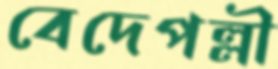
বেদেপল্লী